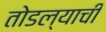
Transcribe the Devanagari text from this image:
तोडल्याची